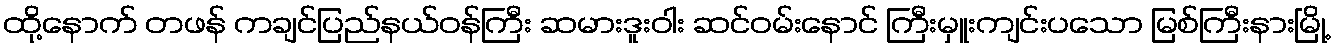
ထို့နောက် တဖန် ကချင်ပြည်နယ်ဝန်ကြီး ဆမားဒူးဝါး ဆင်ဝမ်းနောင် ကြီးမှူးကျင်းပသော မြစ်ကြီးနားမြို့